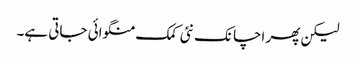
لیکن پھر اچانک نئی کمک منگوائی جاتی ہے۔